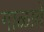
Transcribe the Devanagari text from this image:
गाळावे